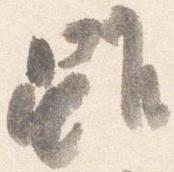
雖